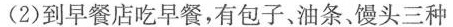
(2)到早餐店吃早餐，有包子、油条、馒头三种